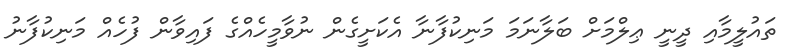
ތައުލީމާއި ދީނީ ޢިލްމަށް ބަލާނަމަ މަނިކުފާނާ އެކަށީގެން ނުވާމީހެއްގެ ފައިވާން ފުހެއް މަނިކުފާނު